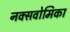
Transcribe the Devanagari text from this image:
नक्सवोमिका